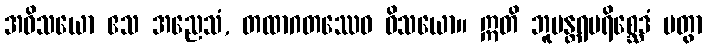
အဝိသယော ဧသ အညေသံ, တထာဂတဿေဝ ဝိသယော။ ဣတိ ဘူမန္တရပရိစ္ဆေဒံ ပတွာ